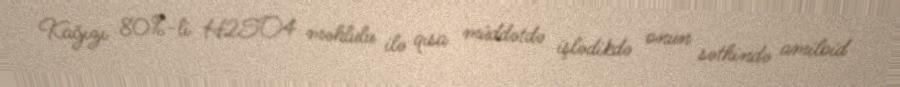
Kağızı 80%-li H2SO4 məhlulu ilə qısa müddətdə işlədikdə onun səthində amiloid